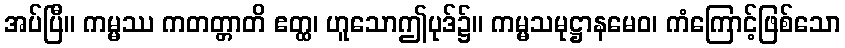
အပ်ပြီ။ ကမ္မဿ ကတတ္တာတိ ဧတ္ထ၊ ဟူသောဤပုဒ်၌။ ကမ္မသမုဋ္ဌာနမေဝ၊ ကံကြောင့်ဖြစ်သော